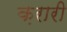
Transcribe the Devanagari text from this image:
क़रारी